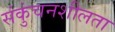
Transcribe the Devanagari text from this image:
संकुंचनशीलता